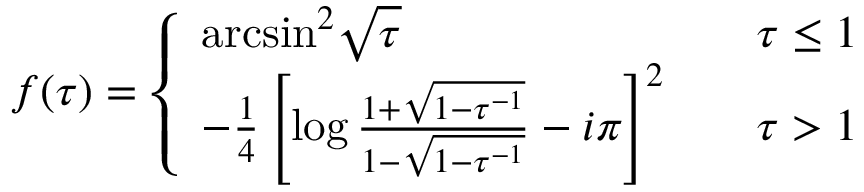
f ( \tau ) = \left\{ \begin{array} { l l } { { \mathrm { a r c s i n } ^ { 2 } \sqrt { \tau } } } & { { \tau \leq 1 } } \\ { { - \frac { 1 } { 4 } \left[ \log \frac { 1 + \sqrt { 1 - \tau ^ { - 1 } } } { 1 - \sqrt { 1 - \tau ^ { - 1 } } } - i \pi \right] ^ { 2 } \ \ \ } } & { { \tau > 1 } } \end{array} \right.